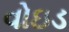
વોઇડ